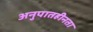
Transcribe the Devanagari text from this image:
अनुपातहीनता